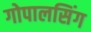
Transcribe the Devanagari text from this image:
गोपालसिंग